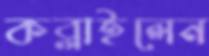
কব্‌লাইলেন